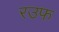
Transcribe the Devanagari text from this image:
रउफ